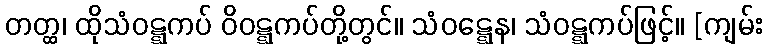
တတ္ထ၊ ထိုသံဝဋ္ဋကပ် ဝိဝဋ္ဋကပ်တို့တွင်။ သံဝဋ္ဋေန၊ သံဝဋ္ဋကပ်ဖြင့်။ [ကျမ်း